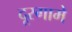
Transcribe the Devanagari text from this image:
दूरगामे